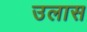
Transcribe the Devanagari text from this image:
उलास